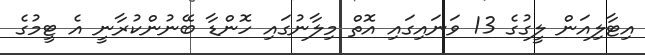
އިޓާލިއަން ލީގުގެ 13 ވަނައިގައި އޮތް މިލާނުގައި ހޮންޑާ ބޭނުންކުރާނީ އެ ޓީމުގެ